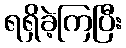
ရရှိခဲ့ကြပြီး